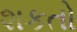
શકતો